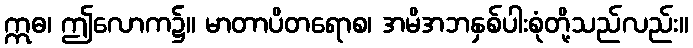
ဣဓ၊ ဤလောက၌။ မာတာပိတရောစ၊ အမိအဘနှစ်ပါးစုံတို့သည်လည်း။